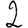
Digit: 2